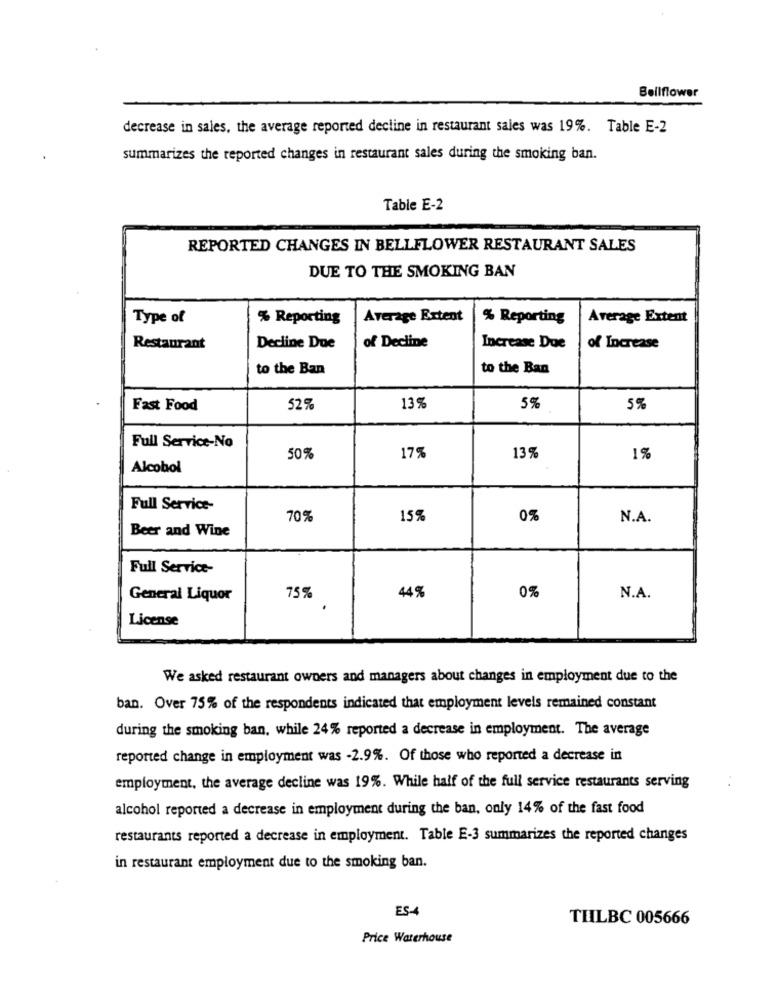
Bellflower
decrease in sales, the average reported decline in restaurant sales was 19%. Table E-2
summarizes the reported changes in restaurant sales during the smoking ban.
Table E-2
REPORTED CHANGES IN BELLFLOWER RESTAURANT SALES
DUE TO THE SMOKING BAN
Type of
% Reporting
Average Extent
% Reporting
Average Extent
of Decline
Restaurant
Decline Due
Increase Due
of Increase
to the Ban
to the Ban
Fast Food
52%
13%
5%
5%
Full Service-No
17%
1%
50%
13%
Alcohol
Full Service-
70%
15%
0%
N.A.
Beer and Wine
Full Service-
General Liquor
75%
44%
0%
N.A.
License
We asked restaurant owners and managers about changes in employment due to the
ban. Over 75% of the respondents indicated that employment levels remained constant
during the smoking ban, while 24% reported a decrease in employment. The average
reported change in employment was -2.9%. Of those who reported a decrease in
employment, the average decline was 19%. While half of the full service restaurants serving
alcohol reported a decrease in employment during the ban, only 14% of the fast food
restaurants reported a decrease in employment. Table E-3 summarizes the reported changes
in restaurant employment due to the smoking ban.
ES-4
TILBC 005666
Price Waterhouse